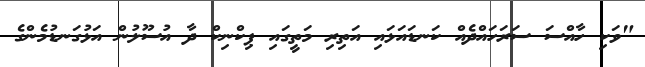
"ވަކި ހާއްސަ ސަރަހައްދެއް ކަނޑައަޅައި އަތިރި މަތީގައި ޕިކްނިކް ދާ އުސޫލުން އަޅުގަނޑުމެންގެ